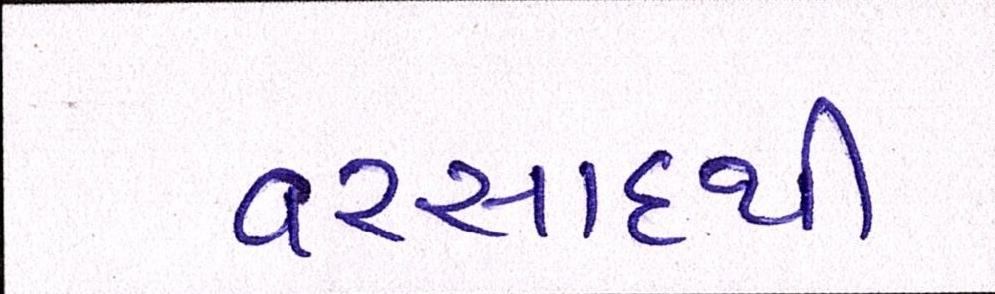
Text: વરસાદથી